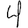
Digit: 4